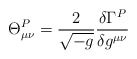
\begin{align*}\Theta^{P}_{\mu\nu} = \frac{2}{\sqrt{-g}} \frac{\delta\Gamma^P} {\delta g^{\mu\nu}}\end{align*}